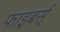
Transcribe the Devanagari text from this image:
फाइबर्स्